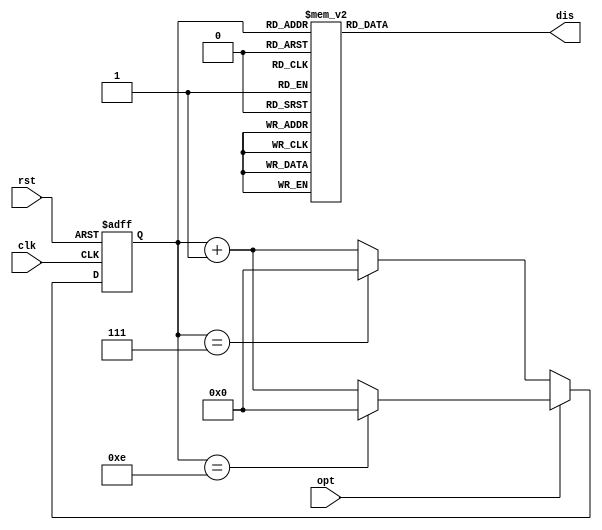
`timescale 1ns / 1ps
//////////////////////////////////////////////////////////////////////////////////
// Company: CSUST
// 
// Design Name: 
// Module Name: FinalCounter
// Project Name: 
// Target Devices: 
// Tool Versions: 
// Description: 
// 
// Dependencies: 
// 
// Revision:
// Revision 0.01 - File Created
// Additional Comments:
// 
//////////////////////////////////////////////////////////////////////////////////


module FinalCounter(
    input opt,
    input clk,
    input rst,
    output reg[7:0] dis
    );
    
    reg[3:0] cnt;

    initial cnt = 0;
    
    always @(posedge clk or posedge rst)
    begin
        if(rst) //
        begin
           cnt = 4'b0000;
        end
        else
        begin
        if(!opt) //8
        begin
            if(cnt == 4'b0111)
            begin //
                cnt = 4'b0000;
            end
            
            else 
            begin
                cnt = cnt + 4'b0001;
            end
        end
        else //15
        begin
            if(cnt == 4'b1110)
            begin //
                cnt = 4'b0000;
            end
            
            else
            begin
                cnt = cnt + 4'b0001;
            end
        end
        end
    end 
    
    wire[7:0] AN;

    assign AN = 8'b00000000;
    always @(*) begin
        case (cnt)
            4'b0000: dis = 8'b00000011;	//0
            4'b0001: dis = 8'b10011111;	//1
            4'b0010: dis = 8'b00100101;	//2
            4'b0011: dis = 8'b00001101;	//3
            4'b0100: dis = 8'b10011001;	//4
            4'b0101: dis = 8'b01001001;	//5
            4'b0110: dis = 8'b01000001;	//6
            4'b0111: dis = 8'b00011111;	//7
            4'b1000: dis = 8'b00000001;	//8
            4'b1001: dis = 8'b00001001; //9
            4'b1010: dis = 8'b00010001;	//A
            4'b1011: dis = 8'b11000001;	//b
            4'b1100: dis = 8'b01100011;	//C
            4'b1101: dis = 8'b10000101;	//d
            4'b1110: dis = 8'b01100001;	//E
            4'b1111: dis = 8'b01110001;	//F
            default: dis = 8'b10000001;	//0
        endcase
    end
endmodule